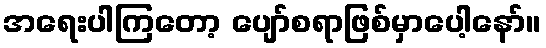
အရေးပါကြတော့ ပျော်စရာဖြစ်မှာပေါ့နော်။